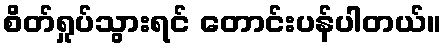
စိတ်ရှုပ်သွားရင် တောင်းပန်ပါတယ်။